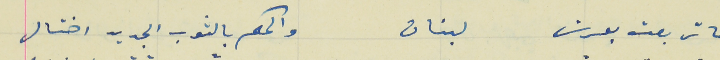
لما تربعت بعرش لبنان                                والحكم بالثوب الجديد اختال